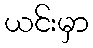
ယင်းမှာ